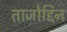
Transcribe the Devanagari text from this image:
ताजोद्दिन